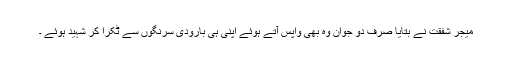
میجر شفقت نے بتایا صرف دو جوان وہ بھی واپس آتے ہوئے اپنی ہی بارودی سرنگوں سے ٹکرا کر شہید ہوئے ۔